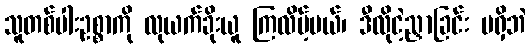
သူတစ်ပါးဥစ္စာကို လုယက်ခိုးယူ ကြလိမ့်မယ်၊ ဒီလိုငဲ့ညှာခြင်း မရှိဘဲ